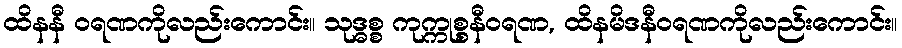
ထိနနီ ဝရဏကိုလည်းကောင်း။ သုဒ္ဓစ္စ ကုက္ကုစ္စနီဝရဏ, ထိနမိဒနီဝရဏကိုလည်းကောင်း။